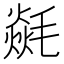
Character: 㲭